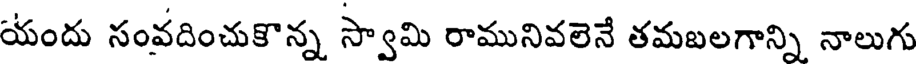
యందు సంవదించుకొన్న స్వామి రామునివలెనే తమబలగాన్ని నాలుగు